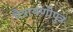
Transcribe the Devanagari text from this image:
मैत्रायणीपुत्र